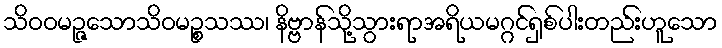
သိဝဝမဉ္ဇသောသိဝမဉ္စသဿ၊ နိဗ္ဗာန်သို့သွားရာအရိယမဂ္ဂင်ရှစ်ပါးတည်းဟူသော